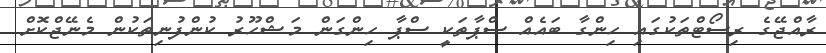
ރާއްޖޭގެ ރިސޯޓްތަކުގައި ހިންގާ ބައެއް ސްޕާތަކީ ސްޕާ ހިންގަން މަޝްހޫރު ކުންފުނިތަކުން މެނޭޖްކޮށް